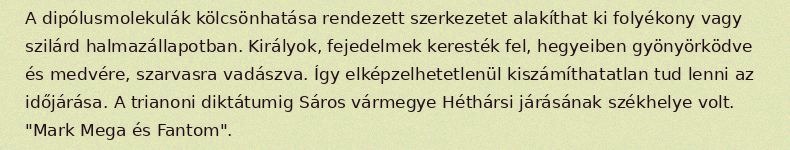
A dipólusmolekulák kölcsönhatása rendezett szerkezetet alakíthat ki folyékony vagy szilárd halmazállapotban. Királyok, fejedelmek keresték fel, hegyeiben gyönyörködve és medvére, szarvasra vadászva. Így elképzelhetetlenül kiszámíthatatlan tud lenni az időjárása. A trianoni diktátumig Sáros vármegye Héthársi járásának székhelye volt. "Mark Mega és Fantom".